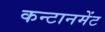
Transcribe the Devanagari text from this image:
कन्टानमेंट